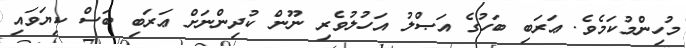
މުހިންމުކަމެވެ. ޢަރަބި ބަހުގެ އަޞްލު އަހުލުވެރި ނޫން ކުދިންނަށް ޢަރަބި ބަސް ކިޔަވައި